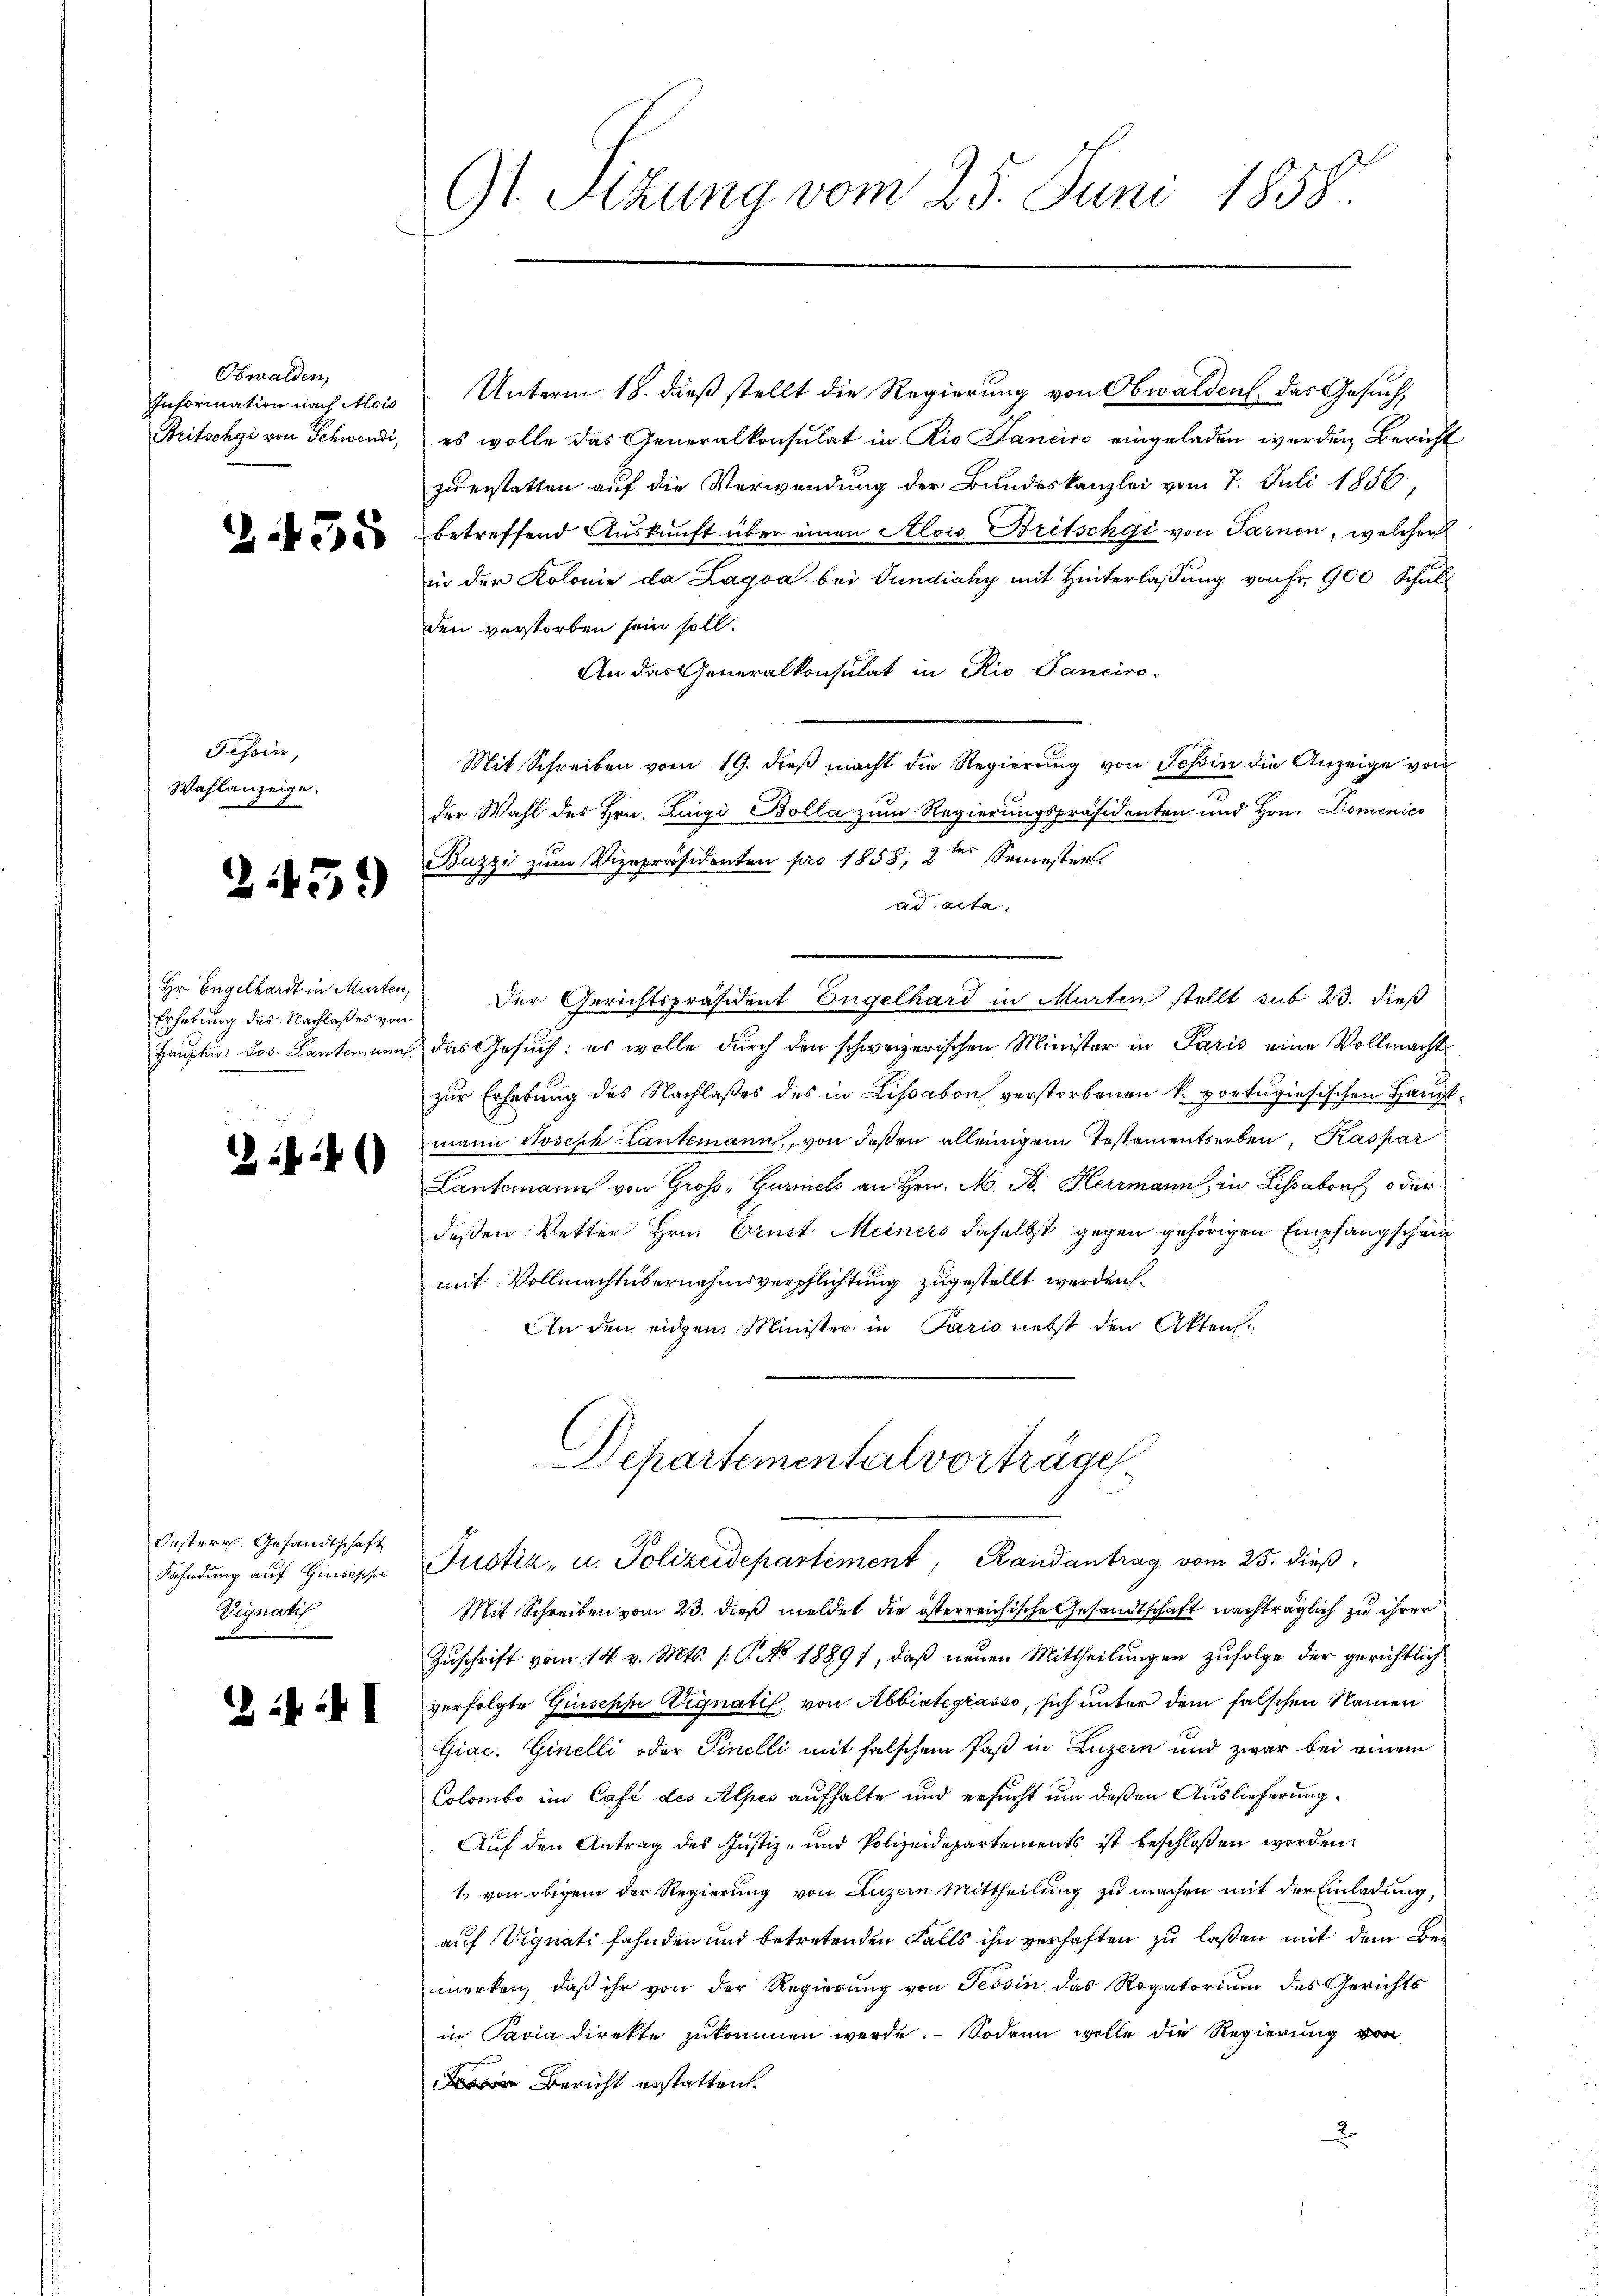
Obwalden
Information nach Mois
Britschgi von Schwendi,

Tessin,
Wahlanzeige,
D

2435

2459

Hr. Engelhardt in Murten,
Erhebung des Nachlaßes von

446)

Oesterr. Gesandtschaft
Kahndung auf Giuseppe
Vignatis

: I

9t. Sizung vom 25. Juni 1858.

Unterm 18. dieß stellt die Regierung von Obwalden. Das Gesuch,
es wolle das Generalkonsulat in Rio Sanciro eingeladen werden Bericht
zu erstatten auf die Verwendung der Bundeskanzlei vom 7. Juli 1856
betreffend Auskunft über einen Alois Britschgi von Sarnen, welcher
in der Kolonie da Lagva bei Jundiaky mit Hinterlassung von fr. 900 Schul
den verstorben sein soll.
An das Generalkonsulat in Rio Panciro-
Mit Schreiben vom 19. dieβ macht die Regierung von Tessin die Anzeige von
der Wahl des Hrn. Luigi Bolla zum Regierungspräsidenten und Hrn. Domenico
Bazzi zum Vizepräsidenten pro 1858, 2ter Semester
Ad Acta
n
Der Gerichtspräsident Engelhard in Murten stellt sub 23. dieß
Hauptm. Jos. Lantmann das Gesuch: es wolle durch den schweizerischen Minister in Paris eine Vollmacht
zur Erhebung des Nachlaßes des in Lissabon verstorbenen k. portugisischen Hauptmann Joseph Lantemann, von deßen alleinigem Testamentserben, Kaspar
Lantemann von Groß- Gurniels an Hrn. M. D. Herrmann, in Lissabon oder
deßen Vetter Hrn. Ernst Meiners daselbst gegen gehörigen Empfangschein
mit Vollmachtübernahmsverpflichtung zugestellt werden.
An den eidgen. Minister in Paris nebst den Akten.

Departemental vorträge

ustiz, u. Polizeidepartement, Randantrag vom 25. dieß
Mit Schreiben vom 23. dieß meldet die österreichische Gesandtschaft nachträglich zu ihrer
Zuschrift vom 14. v. Mts. /: P. No 18891, daß neuen Mittheilungen zufolge der gerichtlich
verfolgte Giuseppe Vignatis, von Abbintegrasso, sich unter dem falschen Namen
Giac. Ginelli oder Finelli mit falschen Paß in Luzern und zwar bei einem
Colombo im Café des Alpes aufhalte und ersucht um deßen Auslieferung
Auf den Antrag des Justiz- und Polizeidepartements ist beschlossen worden.
1. von obigem der Regierung von Luzern Mittheilung zu machen mit der Einladung,
auf Vignati fahnden und betretenden Falls ihn verhaften zu laßen mit dem Bemerken, daß ihr von der Regierung von Tessin das Rogatoriŭm des Gerichts
in Pavia direkte zukommen werde. Sodann wolle die Regierung von
 Bericht erstatten.
2